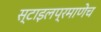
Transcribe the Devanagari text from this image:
स्टाइलप्रमाणेच